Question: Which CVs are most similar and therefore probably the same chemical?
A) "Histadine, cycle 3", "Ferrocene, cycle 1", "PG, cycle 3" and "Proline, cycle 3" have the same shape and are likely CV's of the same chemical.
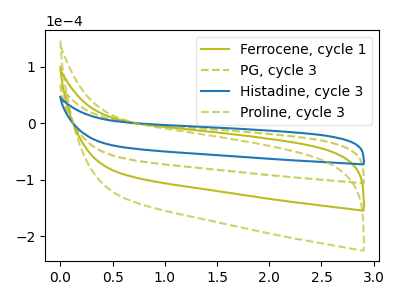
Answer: <think>The olive curve "Ferrocene, cycle 1" has no peaks. The olive dashed curve "PG, cycle 3" has no peaks. The blue curve "Histadine, cycle 3" has no peaks. The olive dashed curve "Proline, cycle 3" has no peaks.
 Neither "Ferrocene, cycle 1" or "PG, cycle 3" have any peaks. Neither "Ferrocene, cycle 1" or "Histadine, cycle 3" have any peaks. Neither "Ferrocene, cycle 1" or "Proline, cycle 3" have any peaks. Neither "PG, cycle 3" or "Histadine, cycle 3" have any peaks. Neither "PG, cycle 3" or "Proline, cycle 3" have any peaks. Neither "Histadine, cycle 3" or "Proline, cycle 3" have any peaks.</think>
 <answer>A) "Histadine, cycle 3", "Ferrocene, cycle 1", "PG, cycle 3" and "Proline, cycle 3" have the same shape and are likely CV's of the same chemical.</answer>
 <eval>A</eval>